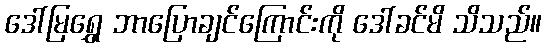
ဒေါ်မြရွှေ ဘာပြောချင်ကြောင်းကို ဒေါ်ခင်မိ သိသည်။